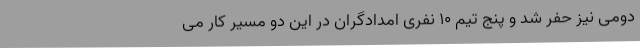
دومی نیز حفر شد و پنج تیم ۱۰ نفری امدادگران در این دو مسیر کار می